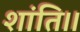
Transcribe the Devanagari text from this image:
शांति।।